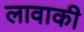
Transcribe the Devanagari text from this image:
लावाकी